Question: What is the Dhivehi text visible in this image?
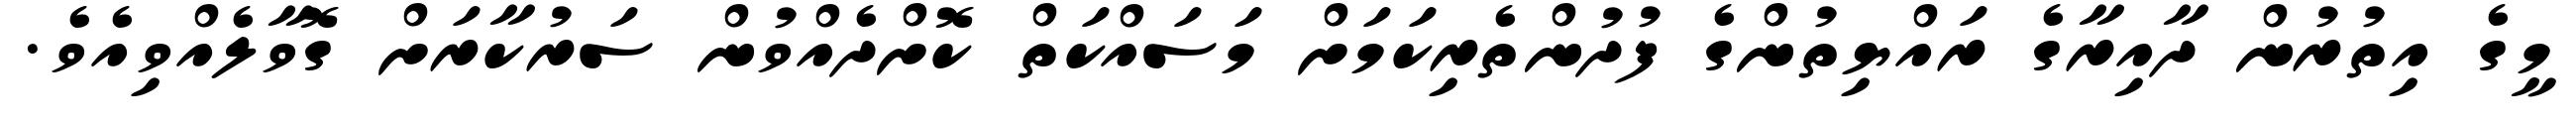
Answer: މީގެ އިތުރުން ދާއިރާގެ ރައްޔިތުންގެ ފުދުންތެރިކަމަށް މަސައްކަތް ކޮށްދެއްވުން ސަރުކާރަށް ގޮވާލެއްވިއެވެ.